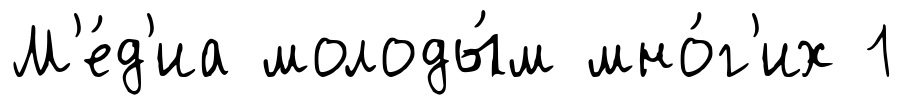
М'е́д'иа молоды́м мно́г'их 1